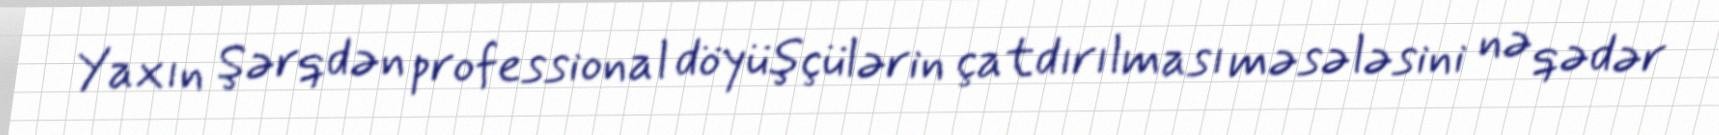
Yaxın Şərqdən professional döyüşçülərin çatdırılması məsələsini nə qədər